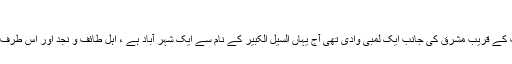
قرن منازل :
مکہ مکرمہ سے 80 کیلو میڑ کی دوری پر طائف کے قریب مشرق کی جانب ایک لمبی وادی تھی آج یہاں السیل الکبیر کے نام سے ایک شہر آباد ہے ، اہل طائف و نجد اور اس طرف سے آنے والے لوگ یہیں سے احرام باندھتے ہیں ۔